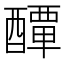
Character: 𨣌